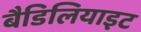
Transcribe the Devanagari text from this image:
बैडिलियाइट